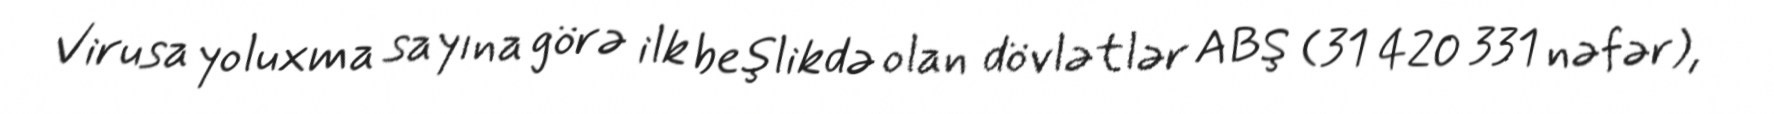
Virusa yoluxma sayına görə ilk beşlikdə olan dövlətlər ABŞ (31 420 331 nəfər),